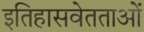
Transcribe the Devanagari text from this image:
इतिहासवेतताओं